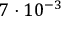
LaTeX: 7 \cdot 1 0 ^ { - 3 }